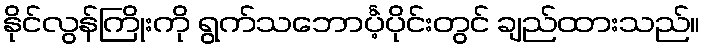
နိုင်လွန်ကြိုးကို ရွက်သဘောင်္ပဲ့ပိုင်းတွင် ချည်ထားသည်။